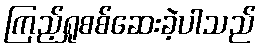
ကြည့်ရှုစစ်ဆေးခဲ့ပါသည်